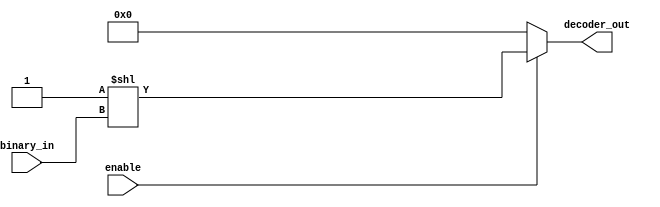
`timescale 1ns / 1ps
//////////////////////////////////////////////////////////////////////////////////
// Company: 
// Engineer: 
// 
// Design Name: 
// Module Name: b7_4bit_dec_assign_shift
// Project Name: 
// Target Devices: 
// Tool Versions: 
// Description: 
// 
// Dependencies: 
// 
// Revision:
// Revision 0.01 - File Created
// Additional Comments:
// 
//////////////////////////////////////////////////////////////////////////////////


module b7_4bit_dec_assign_shift(
    input [3:0] binary_in,
    output wire [15:0] decoder_out,
    input enable
    );
    
    assign decoder_out = enable ? (1 << binary_in) : 16'b0;
endmodule